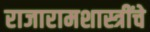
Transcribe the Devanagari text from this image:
राजारामशास्त्रींचे